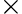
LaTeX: \times{}